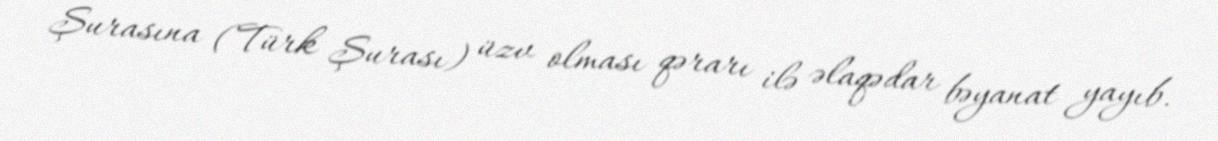
Şurasına (Türk Şurası) üzv olması qərarı ilə əlaqədar bəyanat yayıb.